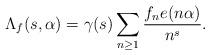
LaTeX: \begin{align*} \Lambda_f(s,\alpha)=\gamma(s)\sum_{n\geq 1} \frac{f_n e(n\alpha)}{n^s}. \end{align*}